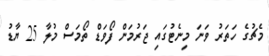
މެޗުގެ ހަތަރު ވަނަ މިނެޓުގައި ޖަރުމަން ފޯވަޑް ތޯމަސް މުލާ 25 ޔާޑު